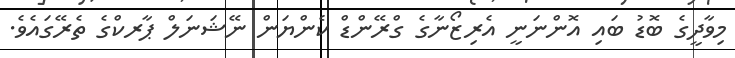
މިވާދީގެ ބޮޑު ބައި އޮންނަނީ އެރިޒޯނާގެ ގްރޭންޑް ކެންޔަން ނޭޝަނަލް ޕާރކްގެ ތެރޭގައެވެ.